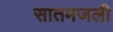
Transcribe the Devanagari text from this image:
सातमजली